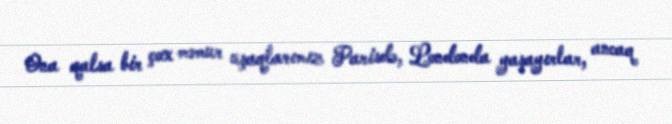
Ona qalsa bir çox məmur uşaqlarımız Parisdə, Londonda yaşayırlar, ancaq